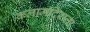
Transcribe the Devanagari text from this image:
कलामंदिराला